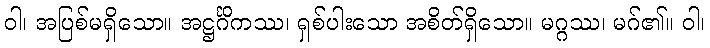
ဝါ၊ အပြစ်မရှိသော။ အဋ္ဌင်္ဂိကဿ၊ ရှစ်ပါးသော အစိတ်ရှိသော။ မဂ္ဂဿ၊ မဂ်၏။ ဝါ၊